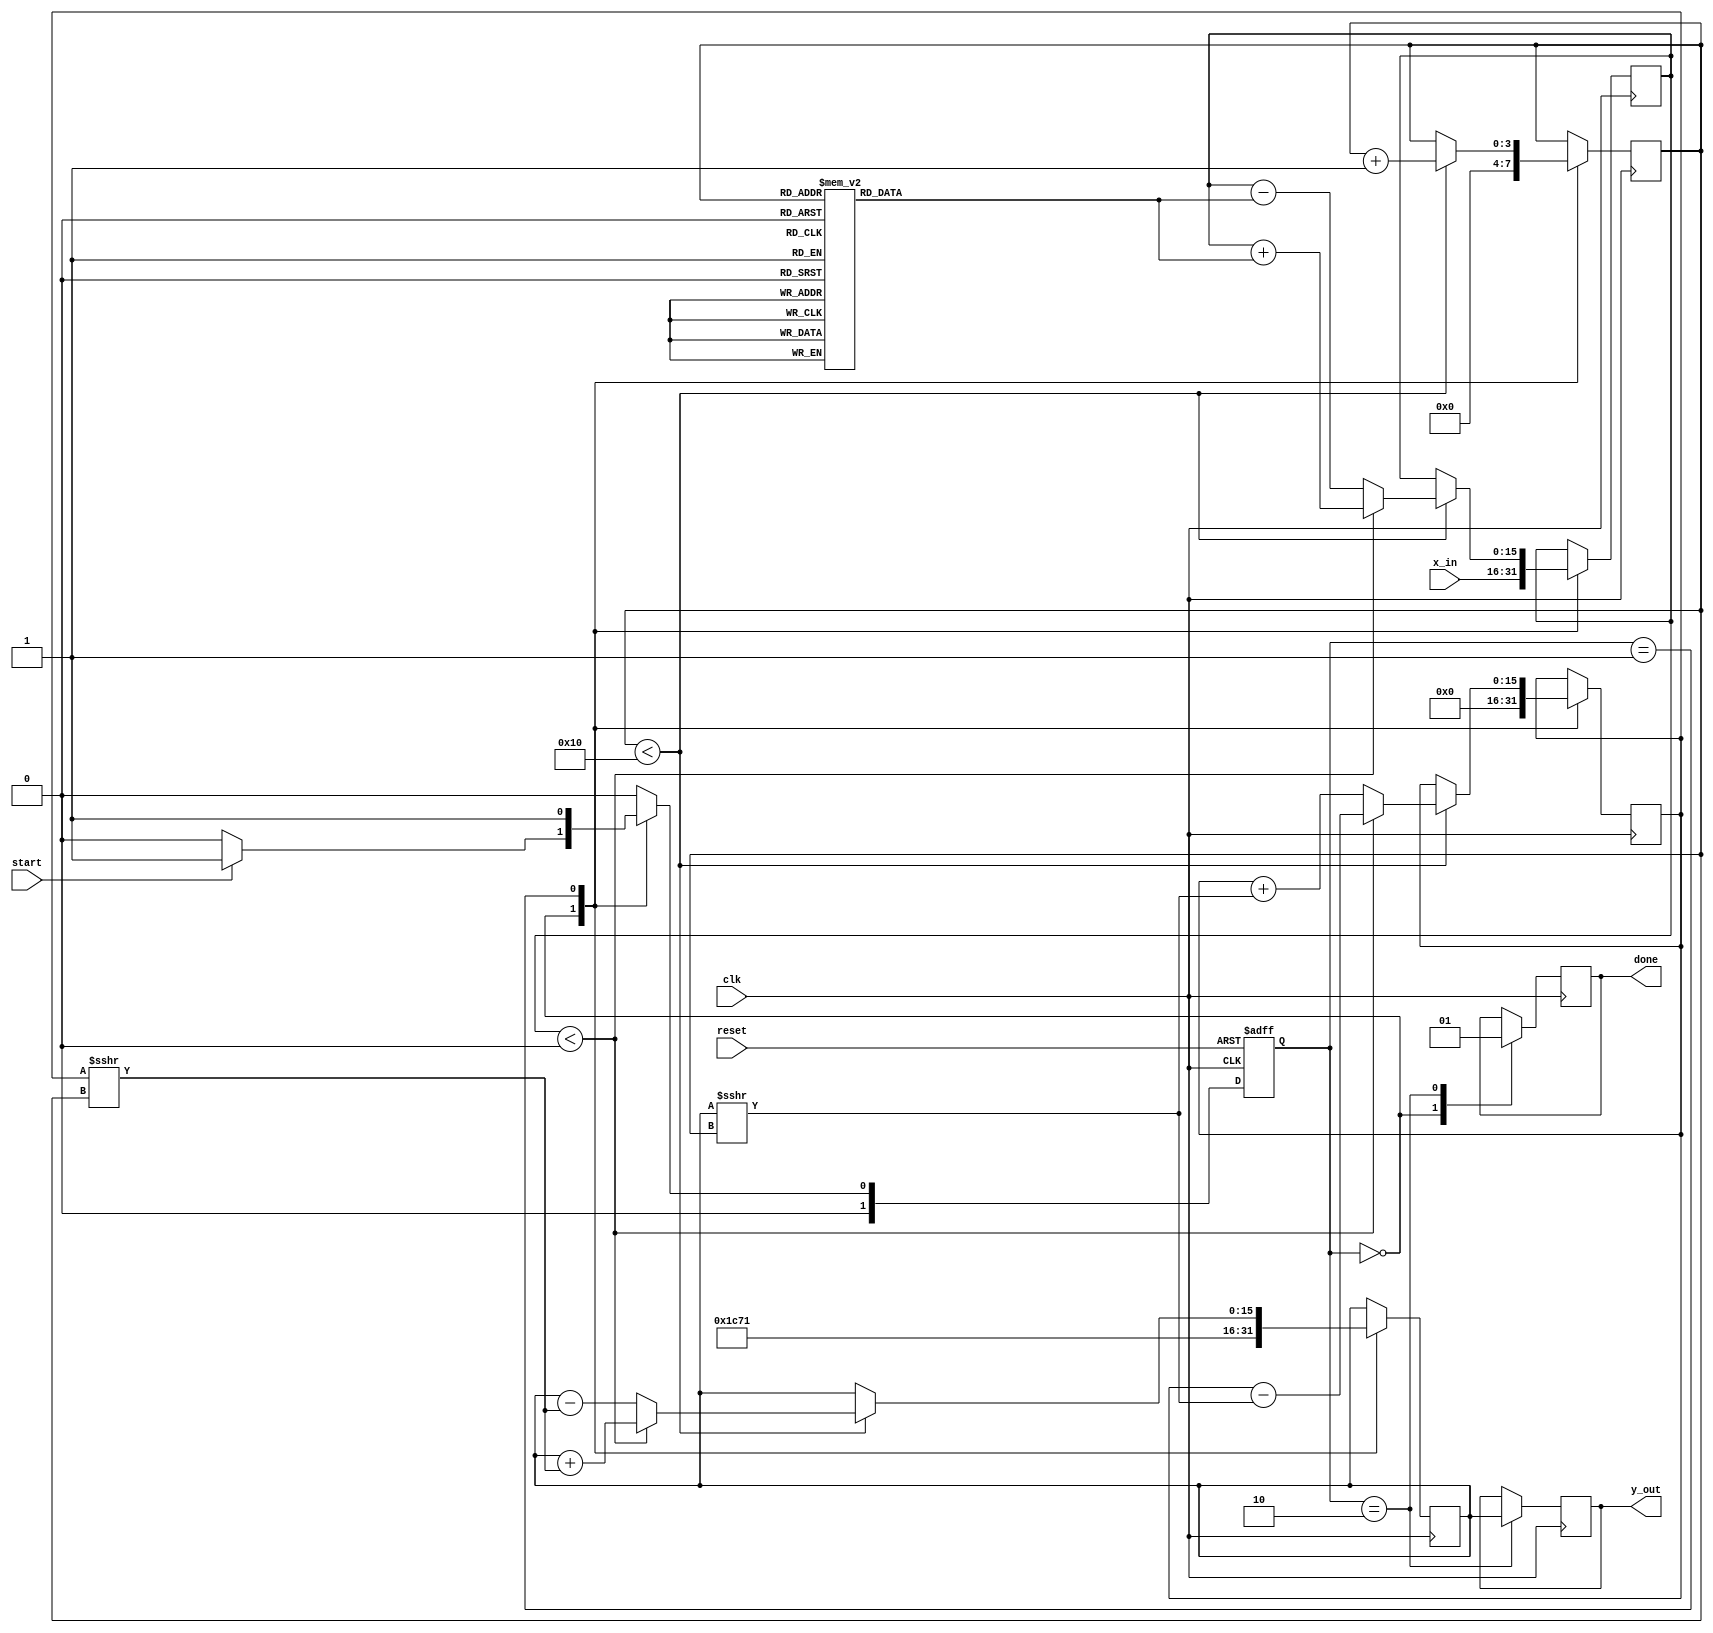
module cordic_exponential #(
    parameter DATA_WIDTH = 16,           // Input data width
    parameter ITERATIONS = 16,           // Number of iterations for CORDIC
    parameter FIXED_POINT_FRACTION = 8   // Fractional bits for fixed-point representation
)(
    input wire clk,                      // Clock signal
    input wire reset,                    // Reset signal
    input wire start,                    // Start signal
    input wire [DATA_WIDTH-1:0] x_in,   // Input exponent value
    output reg [DATA_WIDTH-1:0] y_out,   // Output result
    output reg done                      // Done signal
);

    // CORDIC constants (arctan values for exponential calculations)
    reg [DATA_WIDTH-1:0] atan_table[0:ITERATIONS-1];
    initial begin
        // Precomputed arctangent values (scaled)
        atan_table[0] = 16'h1C71; // atan(0.5) in fixed-point
        atan_table[1] = 16'h1C71; // atan(0.25)
        // Fill the rest of the atan_table as needed...
    end

    // Registers for CORDIC iterations
    reg [DATA_WIDTH-1:0] x, y, z;
    reg [3:0] iteration_count;         // Iteration counter

    // Scaling factor for CORDIC
    localparam SCALING_FACTOR = 16'h1C71; // Example scaling factor

    // State machine for CORDIC operation
    localparam IDLE = 2'b00, CALC = 2'b01, DONE = 2'b10;
    reg [1:0] state, next_state;

    // State transition
    always @(posedge clk or posedge reset) begin
        if (reset) begin
            state <= IDLE;
        end else begin
            state <= next_state;
        end
    end

    // Next state logic
    always @(*) begin
        case (state)
            IDLE: begin
                if (start) next_state = CALC;
                else next_state = IDLE;
            end
            CALC: begin
                if (iteration_count == ITERATIONS) next_state = DONE;
                else next_state = CALC;
            end
            DONE: begin
                next_state = IDLE; // Return to IDLE after done
            end
            default: next_state = IDLE;
        endcase
    end

    // CORDIC calculation
    always @(posedge clk) begin
        case (state)
            IDLE: begin
                done <= 0;
                iteration_count <= 0;
                x <= SCALING_FACTOR; // Initial value for CORDIC
                y <= 0;
                z <= x_in; // Input exponent value
            end
            CALC: begin
                if (iteration_count < ITERATIONS) begin
                    // CORDIC rotation
                    if (z < 0) begin
                        x <= x + (y >>> iteration_count);
                        y <= y - (x >>> iteration_count);
                        z <= z + atan_table[iteration_count];
                    end else begin
                        x <= x - (y >>> iteration_count);
                        y <= y + (x >>> iteration_count);
                        z <= z - atan_table[iteration_count];
                    end
                    iteration_count <= iteration_count + 1;
                end
            end
            DONE: begin
                y_out <= x; // Final output
                done <= 1;  // Signal completion
            end
        endcase
    end

endmodule